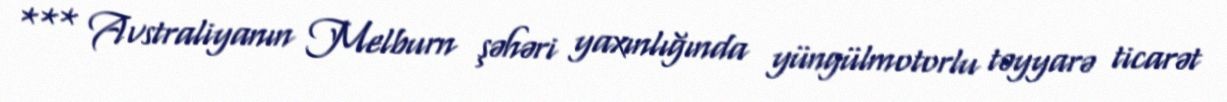
*** Avstraliyanın Melburn şəhəri yaxınlığında yüngülmotorlu təyyarə ticarət